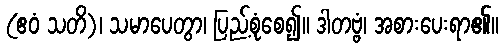
(ဧဝံ သတိ)၊ သမာပေတွာ၊ ပြည့်စုံစေ၍။ ဒါတဗ္ဗံ၊ အစားပေးရာ၏။